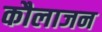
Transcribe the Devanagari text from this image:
कौलाजन